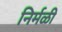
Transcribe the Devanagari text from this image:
निर्मळी